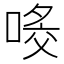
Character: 𠸀